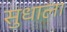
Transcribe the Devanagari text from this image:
सुधाला